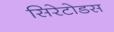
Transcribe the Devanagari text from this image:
सिरेटोडस